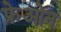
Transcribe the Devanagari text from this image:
फ्रेओन